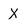
Character: X